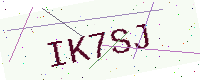
Text: IK7SJ